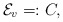
\begin{align*} \mathcal{E}_v=:C,\end{align*}